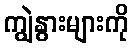
ကျွဲနွားများကို